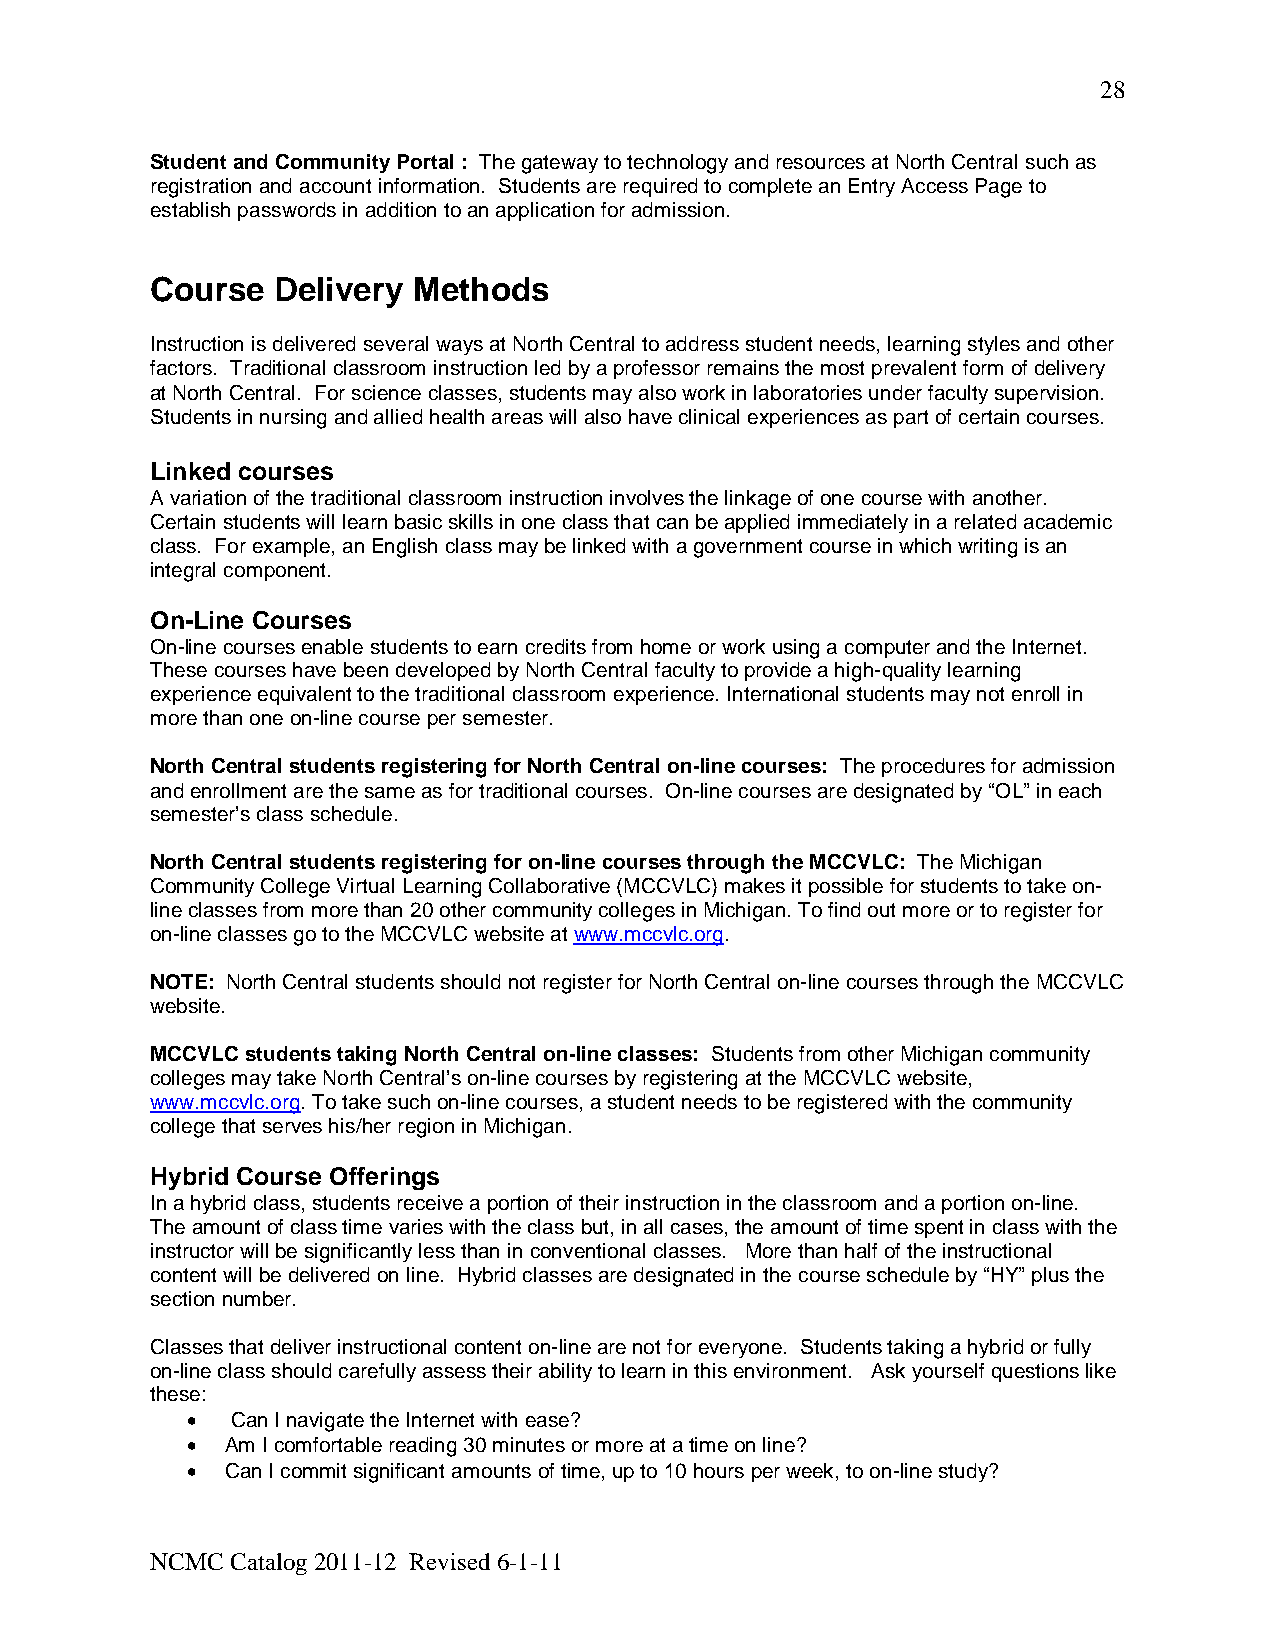
28
 Student and Community Portal : The gateway to technology and resources at North Central such as
 registration and account information. Students are required to complete an Entry Access Page to
 establish passwords in addition to an application for admission.
 Course  Delivery Methods
 Instruction is delivered several ways at North Central to address student needs, learning styles and other
 factors. Traditional classroom instruction led by a professor remains the most prevalent form of delivery
 at North Central. For science classes, students may also work in laboratories under faculty supervision.
 Students in nursing and allied health areas will also have clinical experiences as part of certain courses.
 Linked courses
 A variation of the traditional classroom instruction involves the linkage of one course with another.
 Certain students will learn basic skills in one class that can be applied immediately in a related academic
 class. For example, an English class may be linked with a government course in which writing is an
 integral component.
 On-Line Courses
 On-line courses enable students to earn credits from home or work using a computer and the Internet.
 These courses have been developed by North Central faculty to provide a high-quality learning
 experience equivalent to the traditional classroom experience. International students may not enroll in
 more than one on-line course per semester.
 North Central students registering for North Central on-line courses: The procedures for admission
 and enrollment are the same as for traditional courses. On-line courses are designated by “OL” in each
 semester’s class schedule.
 North Central students registering for on-line courses through the MCCVLC: The Michigan
 Community College Virtual Learning Collaborative (MCCVLC) makes it possible for students to take on-
 line classes from more than 20 other community colleges in Michigan. To find out more or to register for
 on-line classes go to the MCCVLC website at www.mccvlc.org.
 NOTE: North Central students should not register for North Central on-line courses through the MCCVLC
 website.
 MCCVLC students taking North Central on-line classes: Students from other Michigan community
 colleges may take North Central’s on-line courses by registering at the MCCVLC website,
 www.mccvlc.org. To take such on-line courses, a student needs to be registered with the community
 college that serves his/her region in Michigan.
 Hybrid Course Offerings
 In a hybrid class, students receive a portion of their instruction in the classroom and a portion on-line.
 The amount of class time varies with the class but, in all cases, the amount of time spent in class with the
 instructor will be significantly less than in conventional classes. More than half of the instructional
 content will be delivered on line. Hybrid classes are designated in the course schedule by “HY” plus the
 section number.
 Classes that deliver instructional content on-line are not for everyone. Students taking a hybrid or fully
 on-line class should carefully assess their ability to learn in this environment. Ask yourself questions like
 these:
 •  Can I navigate the Internet with ease?
 •  Am I comfortable reading 30 minutes or more at a time on line?
 •  Can I commit significant amounts of time, up to 10 hours per week, to on-line study?
 NCMC Catalog 2011-12 Revised 6-1-11